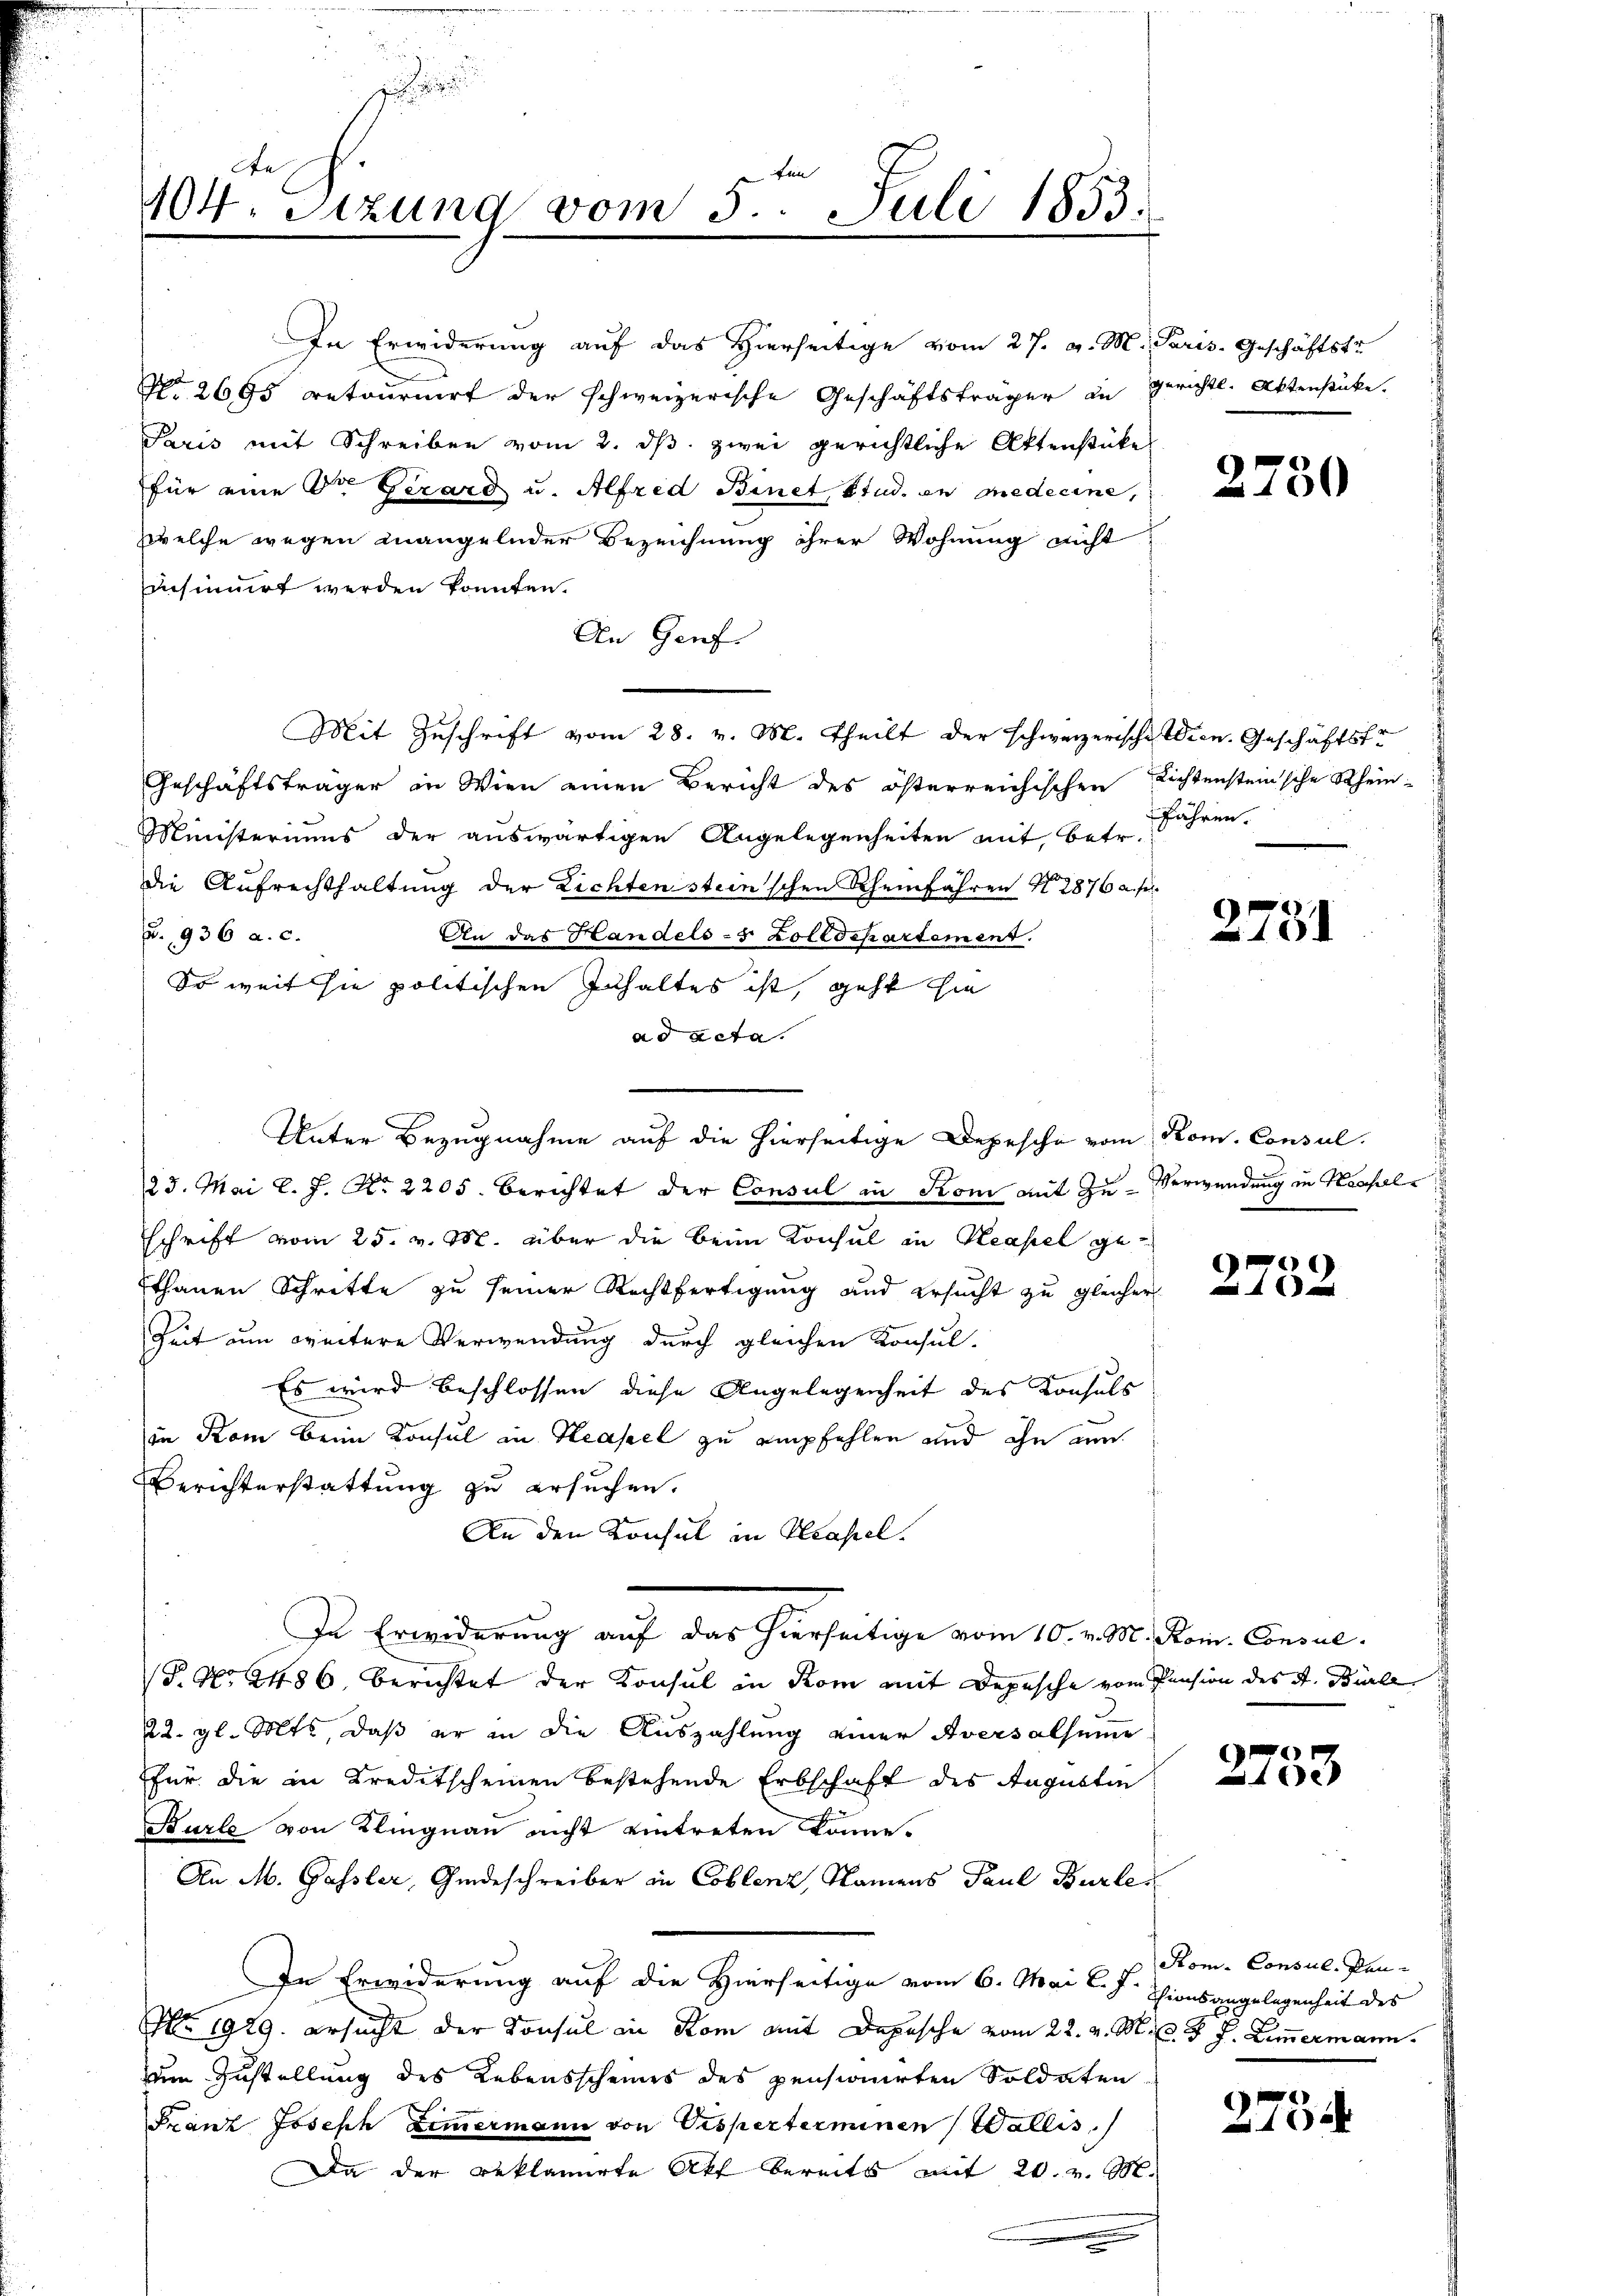
z
A
fin
104. Sizung vom 3. Juli 1853.

In Erwiderung auf das Hierseitige vom 27. v. M. Paris, Geschäftstr
No. 2685 retournirt der schweizerische Geschäftsträger in Gerichtl. Aktenstücke.
Paris mit Schreiben vom 2. ds. zwei gerichtliche Aktenstücke
für eine Dr. Gerard u. Alfred Binet, Stud. ein medicine,
welche wegen mangelnder Bezeichnung ihrer Wohnung nicht
Einsinuirt werden konnten.
An Genf.
Geschäftsträger in Wien einen Bericht des österreichischen Richtensteinsche Rhein-
Ministeriums der auswärtigen Angelegenheiten mit, betr.
die Aufrechthaltung der Lichten steinschen Scheinfahren N. 2876 a. f.
p. 936 a. c.
An das Handels-5 Zolldepartement.
So weit sie politischen Inhaltes ist, geht hie
ad acta.
23. Mai l. J. No. 2205. berichtet der Consul in Kom mit Zu- Verwendung in Kassele
schrift vom 25. v. M. über die beim Konsul in Reapel ge¬
Ethanen Schritte zu seiner Rechtfertigung und ersucht zu gleicher
Zeit um weitere Verwendung durch gleichen Konsul-
Es wird beschlossen diese Angelegenheit des Konsuls
in Rom beim Konsul in Hasel zu empfehlen und ihn um
Berichterstattung zu ersuchen.
An den Konsul in Hasel.
In Erwiderung auf das hierseitige vom 10. v. M. Rom. Consul
T. No. 2486. berichtet der Konsul in Rom mit Depesche vom Pension des A. Burle
22. gl. Mts, daß er in die Auszahlung einer Aversalsumme
für die in Kreditscheinen bestehende Erbschaft des Augusten
Burle von Klingnau nicht eintreten könne.
An M. Gassler, Gideschreiber in Coblenz, Namens Paul Burle¬
In Erwiderung auf die Hierseitige vom 6. Mai l. J. Shionsangelegenheit des
No. 1929. ersucht der Konsul in Rom mit Depesche vom 22. v. M. v. J. J. Zimmermann.
zum Zustellung des Lebensscheines des pensionirten Soldaten
Franz Joseph Zimmermann von Visperterminen (Wallis,
Da der Beklamirte Akt bereits mit 20. v. M.
.

Unter Bezugnahme auf die hierseitige Depesche vom Rom. Consul

Mit Zuschrift vom 28. v. M. Theilt der schweizerische Ideen. Geschäftste

2750

fähren.

2751

)
¬
A

G
e

Kom. Consul, Pan¬

2754